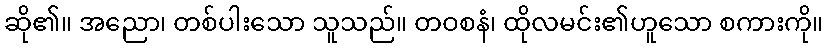
ဆို၏။ အညော၊ တစ်ပါးသော သူသည်။ တဝစနံ၊ ထိုလမင်း၏ဟူသော စကားကို။